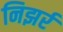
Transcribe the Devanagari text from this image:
निझर्र